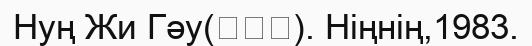
Нуң Жи Гәу(儂智高). Ніңнің,1983.